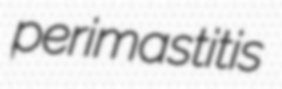
perimastitis